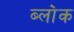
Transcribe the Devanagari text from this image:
ब्ला॓क